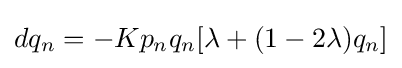
dq_{n}=-Kp_{n}q_{n}[\lambda +(1-2\lambda )q_{n}]